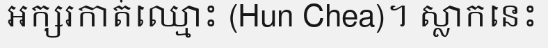
អក្សរកាត់ឈ្មោះ (Hun Chea)។ ស្លាកនេះ